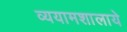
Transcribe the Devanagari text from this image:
व्ययामशालाये